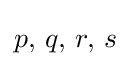
p,\,q,\,r,\,s\!